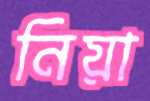
নিয়া